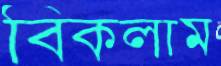
বিকলাম